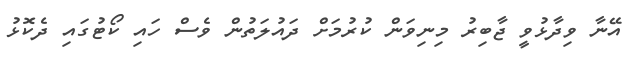
އޭނާ ވިދާޅުވީ ޖާބިރު މިނިވަން ކުރުމަށް ދައުލަތުން ވެސް ހައި ކޯޓުގައި ދެކޮޅު